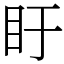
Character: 盱